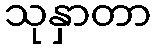
သုနှာတာ